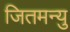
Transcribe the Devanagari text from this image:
जितमन्यु